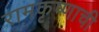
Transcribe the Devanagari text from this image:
रामकृष्णाची